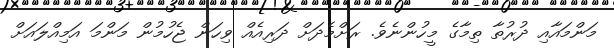
މަންމައާއި ދުރުތާ ތިމާގެ މީހުންނެވެ. ރަށްމެދަށް ދަރިއެއް ވިހަން ޖެހުމުން މަންމަ އަމިއްލައަށް